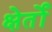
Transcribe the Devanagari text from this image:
क्षेर्तों